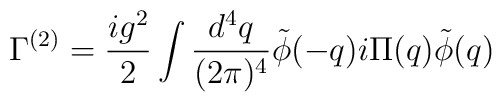
\Gamma^{(2)} = \frac{ig^2}{2} \int \frac{d^4q}{(2 \pi)^4}\tilde{\phi}(-q) i \Pi (q) \tilde{\phi}(q)